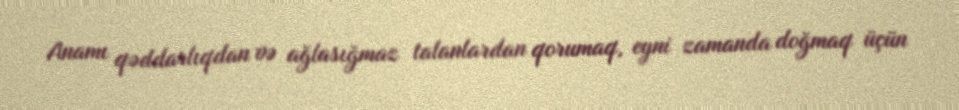
Anamı qəddarlıqdan və ağlasığmaz talanlardan qorumaq, eyni zamanda doğmaq üçün